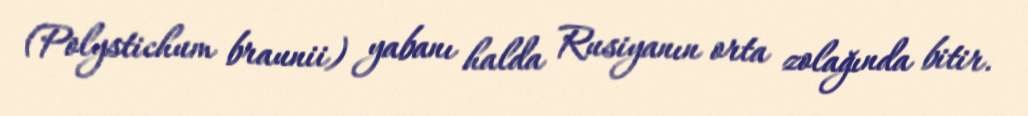
(Polystichum braunii) yabanı halda Rusiyanın orta zolağında bitir.